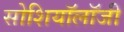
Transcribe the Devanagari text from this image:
सोशियॉलॉजी